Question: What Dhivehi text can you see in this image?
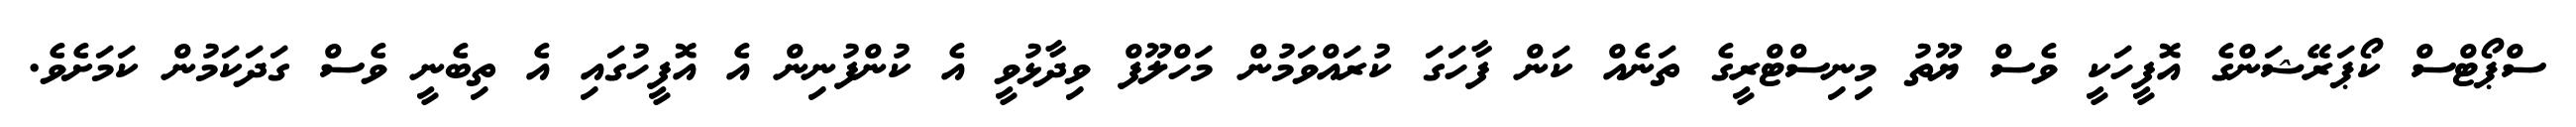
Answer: ސްޕޯޓްސް ކޯޕަރޭޝަންގެ އޮފީހަކީ ވެސް ޔޫތު މިނިސްޓްރީގެ ތަނެއް ކަން ފާހަގަ ކުރައްވަމުން މަހްލޫފް ވިދާޅުވީ އެ ކުންފުނިން އެ އޮފީހުގައި އެ ތިބެނީ ވެސް ގަދަކަމުން ކަމަށެވެ.